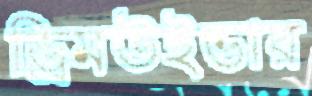
ড্রিমউইভার